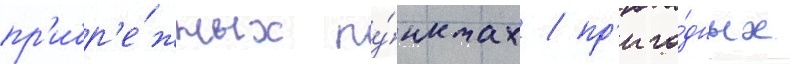
пр'ибр'е́жных пу́нктах / пр'иго́дных